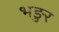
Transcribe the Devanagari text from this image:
भङुर